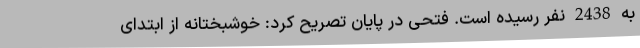
به 2438 نفر رسیده است. فتحی در پایان تصریح کرد: خوشبختانه از ابتدای